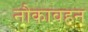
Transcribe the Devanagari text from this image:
नौकावहन